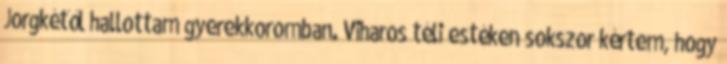
Jorgkétől hallottam gyerekkoromban. Viharos téli estéken sokszor kértem, hogy